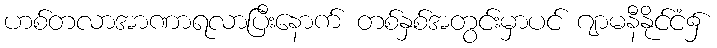
ဟစ်တလာအာဏာရလာပြီးနောက် တစ်နှစ်အတွင်းမှာပင် ဂျာမနီနိုင်ငံ၌